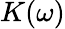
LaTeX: K(\omega)